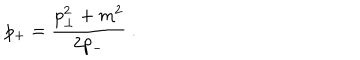
p _ { + } = \frac { p _ { \perp } ^ { 2 } + m ^ { 2 } } { 2 p _ { - } } \ .